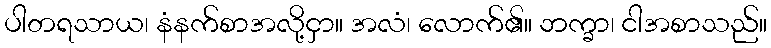
ပါတရသာယ၊ နံနက်စာအလို့ငှာ။ အလံ၊ လောက်၏။ ဘက္ခာ၊ ငါအစာသည်။